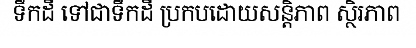
ទឹកដី ទៅជាទឹកដី ប្រកបដោយសន្តិភាព ស្ថិរភាព